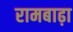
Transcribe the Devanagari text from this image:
रामबाढ़ा